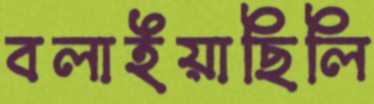
বলাইয়াছিলি